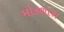
મોકળાશ